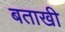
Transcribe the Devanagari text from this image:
बताखी